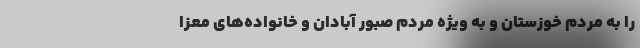
را به مردم خوزستان و به ویژه مردم صبور آبادان و خانواده‌های معزا